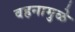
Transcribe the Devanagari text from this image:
वहनामुळे